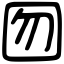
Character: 囫